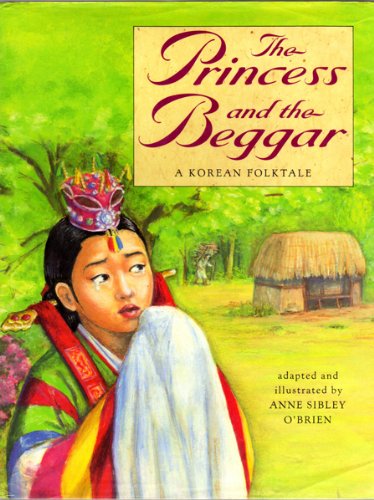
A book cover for The Princess and the Beggar: A Korean Folktale (Scholastic Hardcover); Anne Sibley O'Brien; Children's Books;